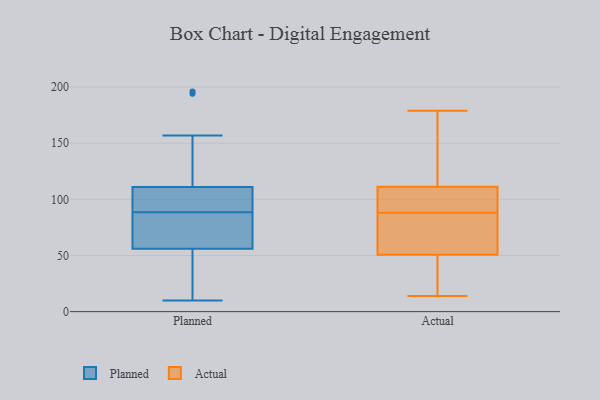
{"axis": {"x": "Headcount", "y": "Value"}, "legend": ["Actual", "Planned"], "data": [{"x": "", "y": 97, "type": "Planned"}, {"x": "", "y": 157, "type": "Planned"}, {"x": "", "y": 81, "type": "Planned"}, {"x": "", "y": 27, "type": "Planned"}, {"x": "", "y": 83, "type": "Planned"}, {"x": "", "y": 10, "type": "Planned"}, {"x": "", "y": 194, "type": "Planned"}, {"x": "", "y": 97, "type": "Planned"}, {"x": "", "y": 154, "type": "Planned"}, {"x": "", "y": 50, "type": "Planned"}, {"x": "", "y": 100, "type": "Planned"}, {"x": "", "y": 56, "type": "Planned"}, {"x": "", "y": 60, "type": "Planned"}, {"x": "", "y": 111, "type": "Planned"}, {"x": "", "y": 19, "type": "Planned"}, {"x": "", "y": 196, "type": "Planned"}, {"x": "", "y": 92, "type": "Planned"}, {"x": "", "y": 85, "type": "Planned"}, {"x": "", "y": 179, "type": "Actual"}, {"x": "", "y": 34, "type": "Actual"}, {"x": "", "y": 14, "type": "Actual"}, {"x": "", "y": 25, "type": "Actual"}, {"x": "", "y": 146, "type": "Actual"}, {"x": "", "y": 88, "type": "Actual"}, {"x": "", "y": 163, "type": "Actual"}, {"x": "", "y": 109, "type": "Actual"}, {"x": "", "y": 51, "type": "Actual"}, {"x": "", "y": 73, "type": "Actual"}, {"x": "", "y": 50, "type": "Actual"}, {"x": "", "y": 51, "type": "Actual"}, {"x": "", "y": 97, "type": "Actual"}, {"x": "", "y": 106, "type": "Actual"}, {"x": "", "y": 118, "type": "Actual"}, {"x": "", "y": 103, "type": "Actual"}, {"x": "", "y": 56, "type": "Actual"}]}